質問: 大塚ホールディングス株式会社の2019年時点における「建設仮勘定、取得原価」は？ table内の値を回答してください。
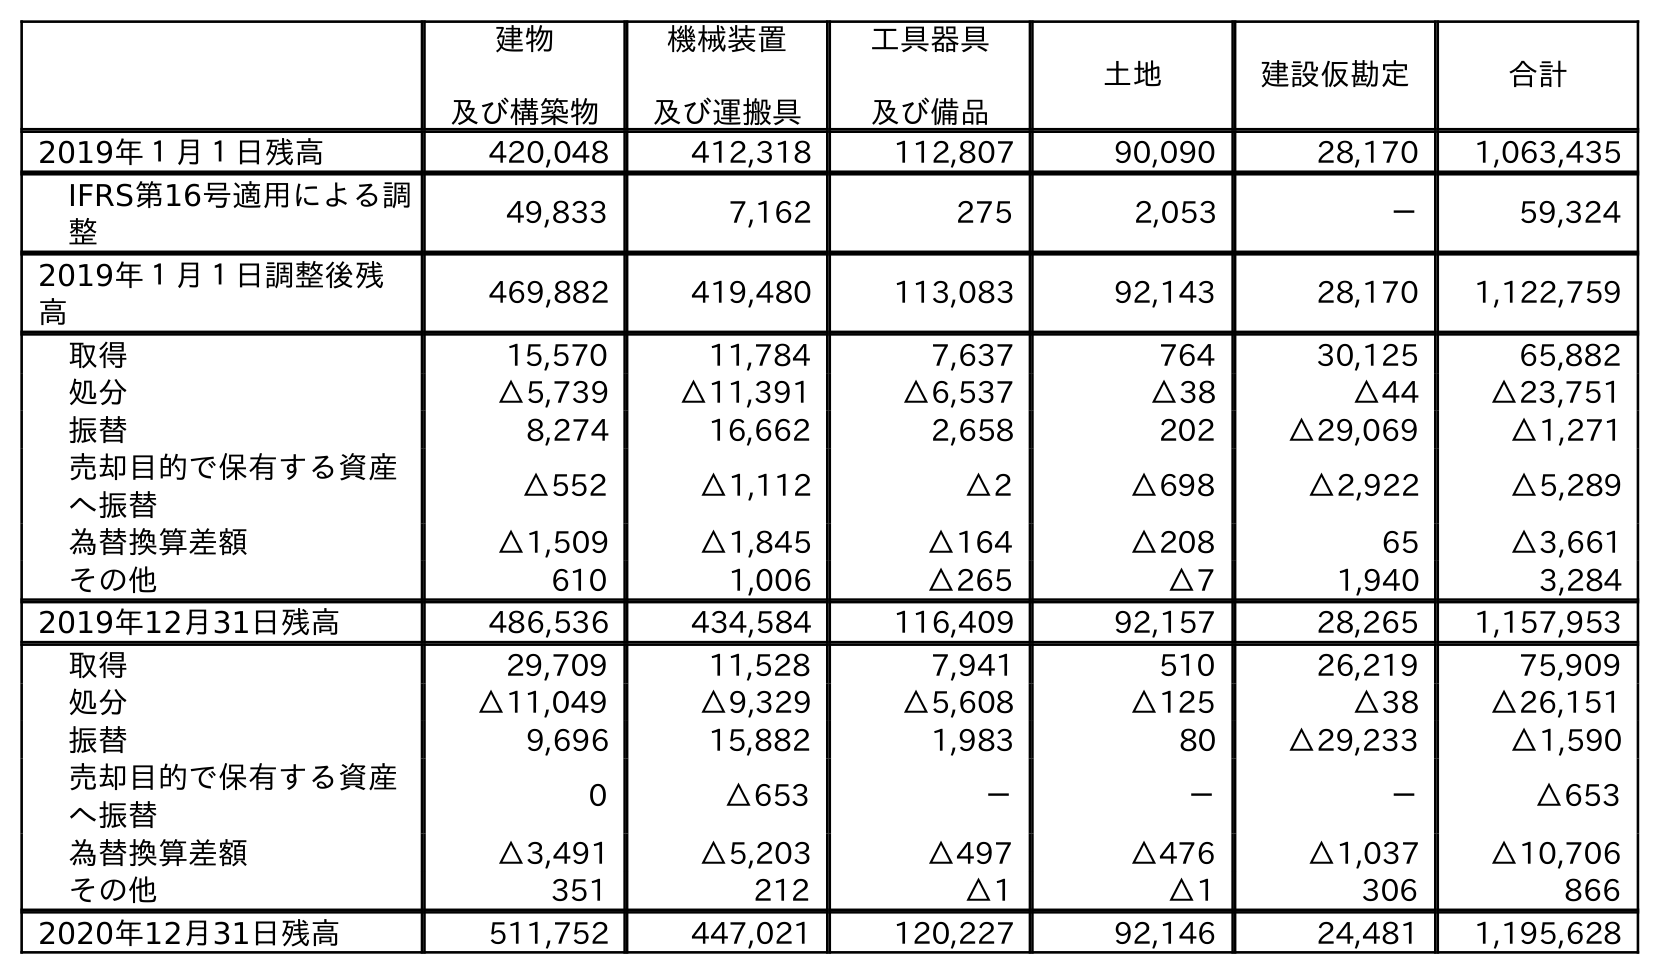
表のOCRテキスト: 建物 及び構築物 機械装置 及び運搬具 工具器具 及び備品 土地 建設仮勘定 合計 2019年１月１日残高 420,048 412,318 112,807 90,090 28,170 1,063,435 IFRS第16号適用による調 整 49,833 7,162 275 2,053 － 59,324 2019年１月１日調整後残 高 469,882 419,480 113,083 92,143 28,170 1,122,759 取得 15,570 11,784 7,637 764 30,125 65,882 処分 △5,739 △11,391 △6,537 △38 △44 △23,751 振替 8,274 16,662 2,658 202 △29,069 △1,271 売却目的で保有する資産 へ振替 △552 △1,112 △2 △698 △2,922 △5,289 為替換算差額 △1,509 △1,845 △164 △208 65 △3,661 その他 610 1,006 △265 △7 1,940 3,284 2019年12月31日残高 486,536 434,584 116,409 92,157 28,265 1,157,953 取得 29,709 11,528 7,941 510 26,219 75,909 処分 △11,049 △9,329 △5,608 △125 △38 △26,151 振替 9,696 15,882 1,983 80 △29,233 △1,590 売却目的で保有する資産 へ振替 0 △653 － － － △653 為替換算差額 △3,491 △5,203 △497 △476 △1,037 △10,706 その他 351 212 △1 △1 306 866 2020年12月31日残高 511,752 447,021 120,227 92,146 24,481 1,195,628
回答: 28,265